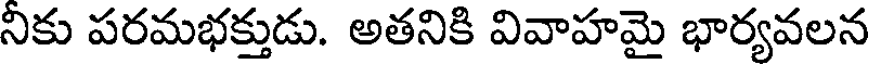
నికు పరమభక్తుడు. అతనికి వివాహమై భార్యవలన